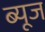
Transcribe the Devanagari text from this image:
ब्यूज